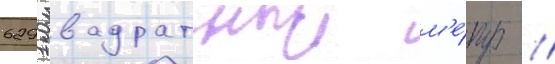
6291 квадратныи м'е́тр //